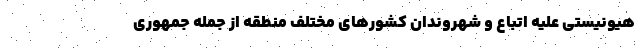
هیونیستی علیه اتباع و شهروندان کشورهای مختلف منطقه از جمله جمهوری